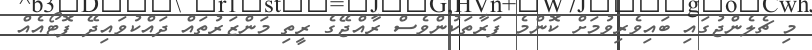
މި ޗެލެންޖުގައި ބައިވެރިވުމަށް ކޮންމެ ފަރާތަކުންވެސް ރާއްޖޭގެ ރީތި މަންޒަރުތައް ދައްކުވައިދޭ ފޮޓޯއެއް